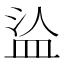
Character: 𰤹